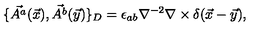
\{ \vec { A ^ { a } } ( \vec { x } ) , \vec { A ^ { b } } ( \vec { y } ) \} _ { D } = \epsilon _ { a b } \nabla ^ { - 2 } \nabla \times \delta ( \vec { x } - \vec { y } ) ,